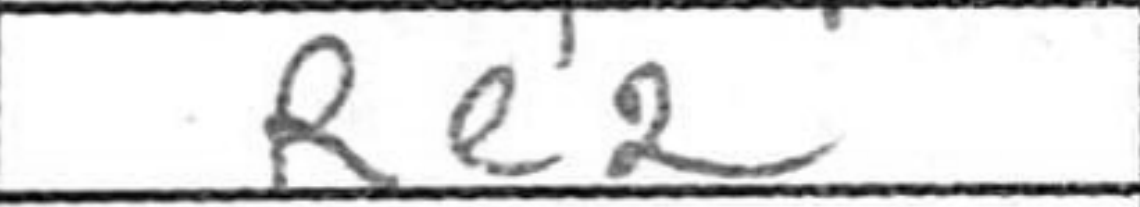
Transcription: Re2